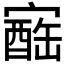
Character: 𪧬